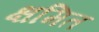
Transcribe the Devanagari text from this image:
क्षमित